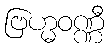
ဗြဟ္မဝဏ္ဏီ